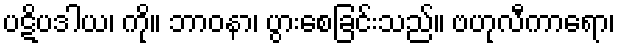
ပဋိပဒါယ၊ ကို။ ဘာဝနာ၊ ပွားစေခြင်းသည်။ ဗဟုလီကာရော၊